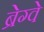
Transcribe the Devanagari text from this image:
ब्रेग्वे